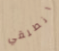
انطلقي